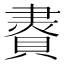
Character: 𧷇